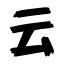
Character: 云